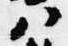
ハ